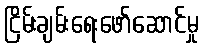
ငြိမ်းချမ်းရေးဖော်ဆောင်မှု